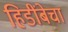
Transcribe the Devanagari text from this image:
हिडींबेचा